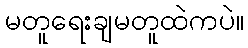
မတူရေးချမတူထဲကပဲ။